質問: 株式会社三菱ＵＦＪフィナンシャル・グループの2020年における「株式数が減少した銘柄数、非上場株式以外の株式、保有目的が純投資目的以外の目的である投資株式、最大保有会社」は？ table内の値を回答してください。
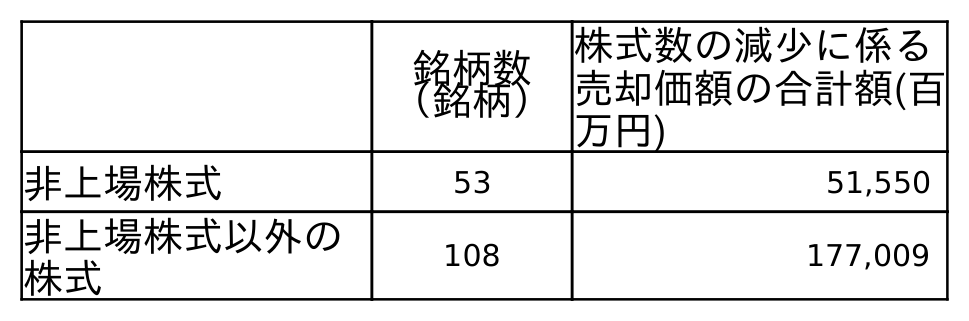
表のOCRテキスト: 銘柄数 （銘柄） 株式数の減少に係る 売却価額の合計額(百 万円) 非上場株式 53 51,550 非上場株式以外の 株式 108 177,009
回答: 108